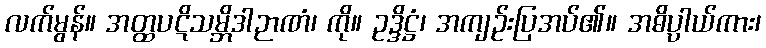
လက်မွန်။ အတ္ထပဋိသမ္ဘိဒါဉာဏံ၊ ကို။ ဥဒ္ဒိဋ္ဌံ၊ အကျဉ်းပြအပ်၏။ အဓိပ္ပါယ်ကား၊